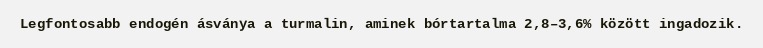
Legfontosabb endogén ásványa a turmalin, aminek bórtartalma 2,8–3,6% között ingadozik.